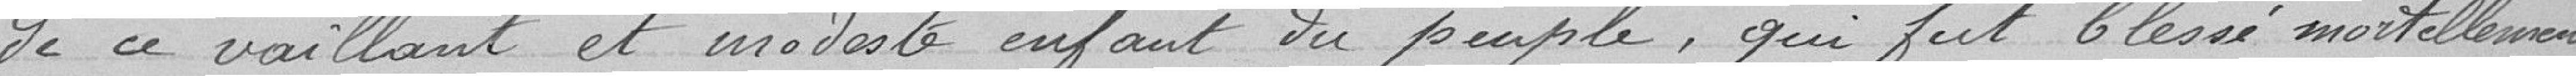
de ce vaillant et modeste enfant du peuple, qui fut blessé mortellement